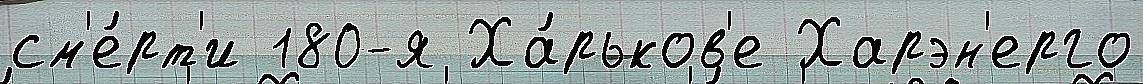
см'е́рт'и 180-я Ха́рьков'е Харэн'ерго